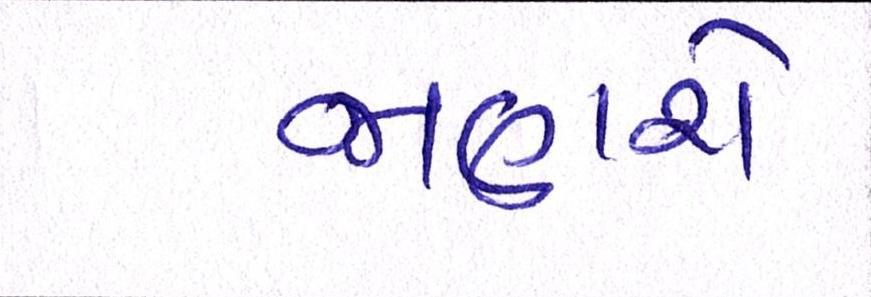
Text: જાણશે